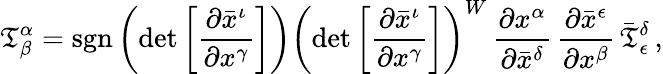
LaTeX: {\mathfrak{T}}_{\beta}^{\alpha}=\operatorname{sgn}\left(\operatorname*{det}{\left[{\frac{\partial{\bar{x}}^{\iota}}{\partial{x}^{\gamma}}}\right]}\right)\left(\operatorname*{det}{\left[{\frac{\partial{\bar{x}}^{\iota}}{\partial{x}^{\gamma}}}\right]}\right)^{W}\, {\frac{\partial{x}^{\alpha}}{\partial{\bar{x}}^{\delta}}}\, {\frac{\partial{\bar{x}}^{\epsilon}}{\partial{x}^{\beta}}}\, {\bar{\mathfrak{T}}}_{\epsilon}^{\delta}\, ,